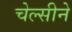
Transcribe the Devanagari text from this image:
चेल्सीने